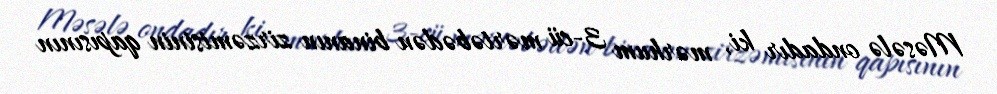
Məsələ ondadır ki, mərhum 3-cü mərtəbədən binanın zirzəmisinin qapısının